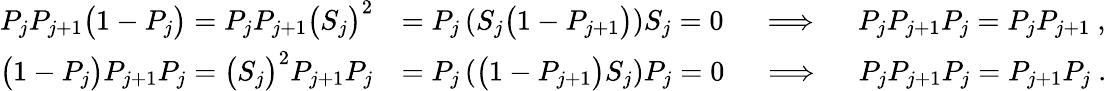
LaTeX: \begin{array}{rl}{P_{j}P_{j+1}\big(1-P_{j}\big)=P_{j}P_{j+1}\big(S_{j}\big)^{2}}&{=P_{j}\left(S_{j}\big(1-P_{j+1}\big)\right)S_{j}=0\quad\implies\quad P_{j}P_{j+1}P_{j}=P_{j}P_{j+1}\ ,}\\ {\big(1-P_{j}\big)P_{j+1}P_{j}=\big(S_{j}\big)^{2}P_{j+1}P_{j}}&{=P_{j}\left(\big(1-P_{j+1}\big)S_{j}\right)P_{j}=0\quad\implies\quad P_{j}P_{j+1}P_{j}=P_{j+1}P_{j}\ .}\end{array}